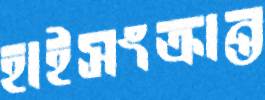
হাইসংক্রান্ত